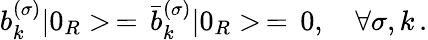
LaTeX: b_{k}^{(\sigma)}|0_{R}>\, =\, \bar{b}_{k}^{(\sigma)}|0_{R}>\, =\, 0,\quad\forall\sigma,k\, {.}